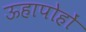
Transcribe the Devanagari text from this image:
ऊहापोहों